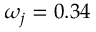
\omega _ { j } = 0 . 3 4